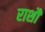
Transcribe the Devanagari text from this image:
राशौ